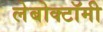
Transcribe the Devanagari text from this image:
लेबोक्टॉमी